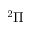
^ 2 \Pi